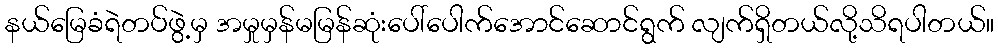
နယ်မြေခံရဲတပ်ဖွဲ့မှ အမှုမှန်မမြန်ဆုံးပေါ်ပေါက်အောင်ဆောင်ရွက် လျက်ရှိတယ်လို့သိရပါတယ်။